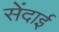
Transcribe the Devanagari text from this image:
सेंदाई